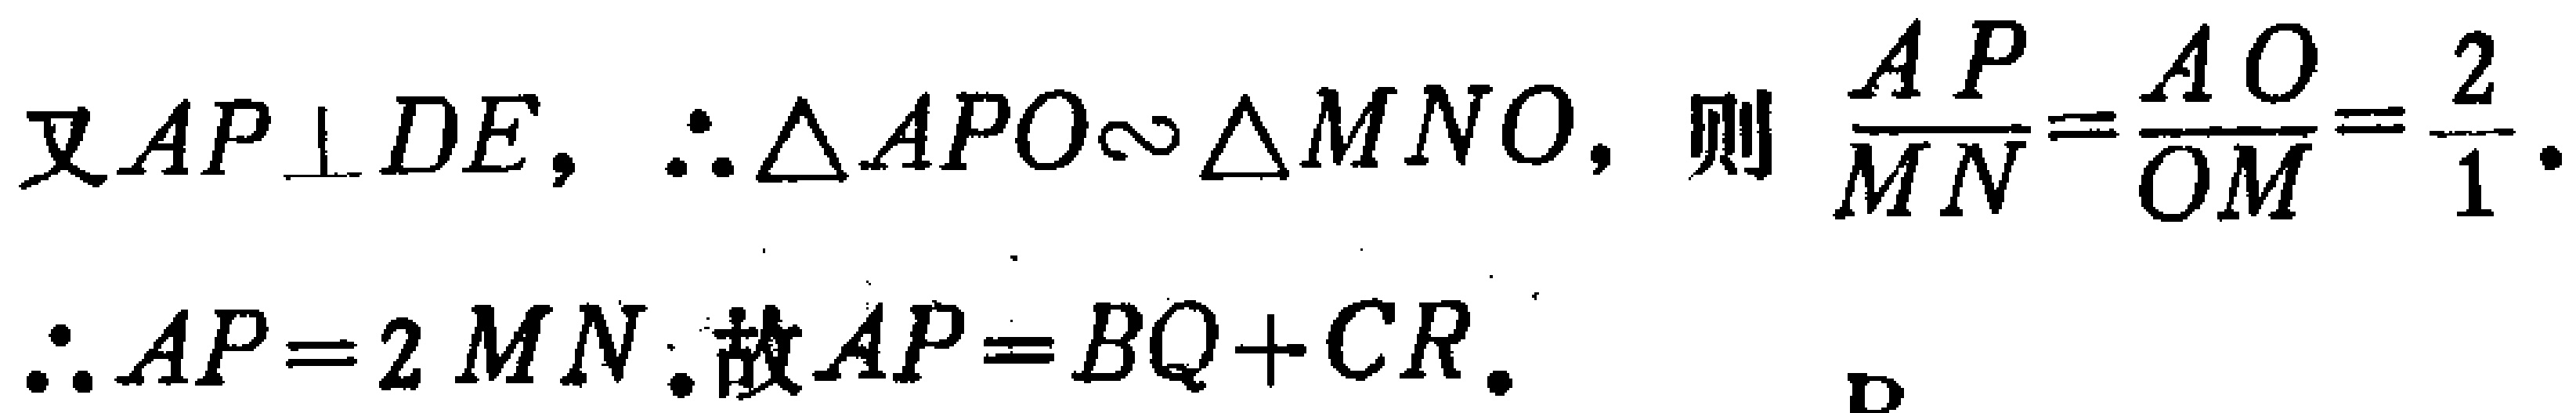
又$AP\perp DE$，$\therefore\triangle APO\sim\triangle MNO$，则 $\dfrac{AP}{MN}=\dfrac{AO}{OM}=\dfrac{2}{1}.$
$\therefore AP = 2MN.$故$AP=BQ + CR.$